Civil Veterinary Department Bihar & Orissa reports 1922-29 - 1922-1929
Year: 1922
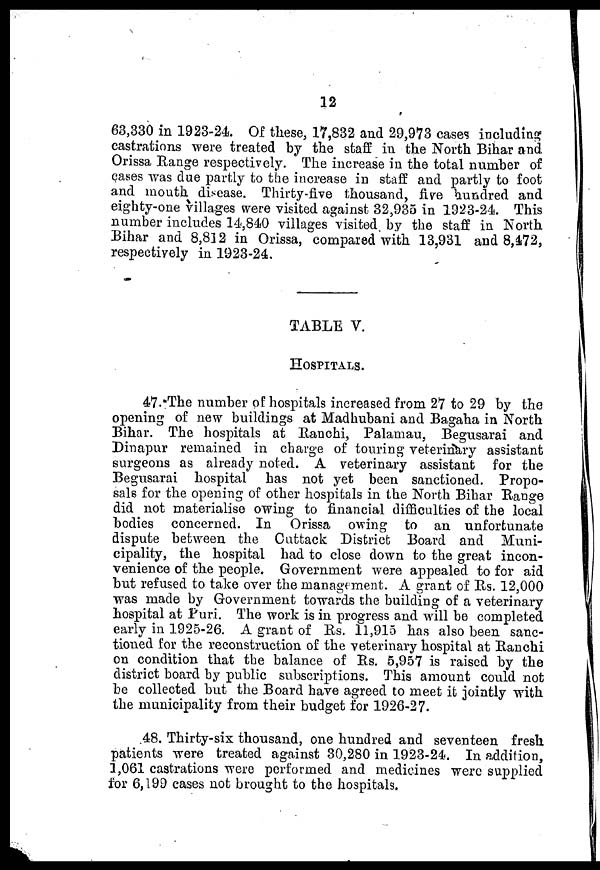
12
63,330 in 1923-24. Of these, 17,832 and 29,973 cases including
castrations were treated by the staff in the North Bihar and
Orissa Range respectively. The increase in the total number of
cases was due partly to the increase in staff and partly to foot
and mouth disease. Thirty-five thousand, five hundred and
eighty-one villages were visited against 32,935 in 1923-24. This
number includes 14,840 villages Visited by the staff in North
Bihar and 8,812 in Orissa, compared with 13,931 and 8,472,
respectively in 1923-24.
TABLE V.
HOSPITALS.
47. The number of hospitals increased from 27 to 29 by the
opening of new buildings at Madhubani and Bagaha in North
Bihar. The hospitals at Ranchi, Palamau, Begusarai and
Dinapur remained in charge of touring veterinary assistant
surgeons as already noted. A veterinary assistant for the
Begusarai hospital has not yet been sanctioned. Propo-
sals for the opening of other hospitals in the North Bihar Range
did not materialise owing to financial difficulties of the local
bodies concerned. In Orissa owing to an unfortunate
dispute between the Cuttack District Board and Muni-
cipality, the hospital had to close down to the great incon-
venience of the people. Government were appealed to for aid
but refused to take over the management. A grant of Rs. 12,000
was made by Government towards the building of a veterinary
hospital at Puri. The work is in progress and will be completed
early in 1925-26. A grant of Rs. 11,915 has also been sanc-
tioned for the reconstruction of the veterinary hospital at Ranchi
on condition that the balance of Rs. 5,957 is raised by the
district board by public subscriptions. This amount could not
be collected but the Board have agreed to meet it jointly with
the municipality from their budget for 1926-27.
48. Thirty-six thousand, one hundred and seventeen fresh
patients were treated against 30,280 in 1923-24. In addition,
1,061 castrations were performed and medicines were supplied
for 6,199 cases not brought to the hospitals.